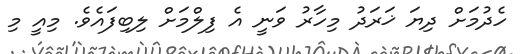
ހެދުމަށް ދިޔަ ޚަރަދު މިހާރު ވަނީ އެ ފިލްމަށް ލިބިފައެވެ. މިއީ މި